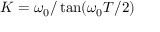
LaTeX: K = \omega _ { 0 } / \tan ( \omega _ { 0 } T / 2 )